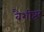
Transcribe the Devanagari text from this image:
वैशीष्ट्य